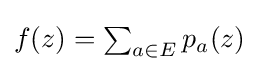
{\textstyle f(z)=\sum _{a\in E}p_{a}(z)}